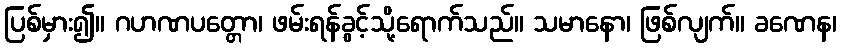
ပြစ်မှား၍။ ဂဟဏပတ္တော၊ ဖမ်းရန်ခွင့်သို့ရောက်သည်။ သမာနော၊ ဖြစ်လျက်။ ခဏေန၊